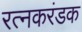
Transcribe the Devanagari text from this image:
रत्नकरंडक